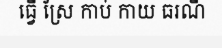
ធ្វើ ស្រែ កាប់ កាយ ធរណី